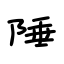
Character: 陲